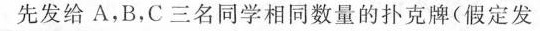
先发给A，B，C三名同学相同数量的扑克牌(假定发